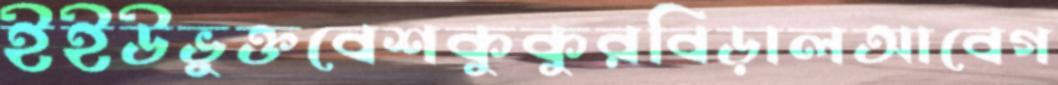
ইইউভুক্তবেশকুকুরবিড়ালআবেগ